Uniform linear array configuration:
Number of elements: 32
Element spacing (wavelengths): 1
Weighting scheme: cosine
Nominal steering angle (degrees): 45
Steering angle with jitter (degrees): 46.058
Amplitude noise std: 0.05
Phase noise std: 0.05

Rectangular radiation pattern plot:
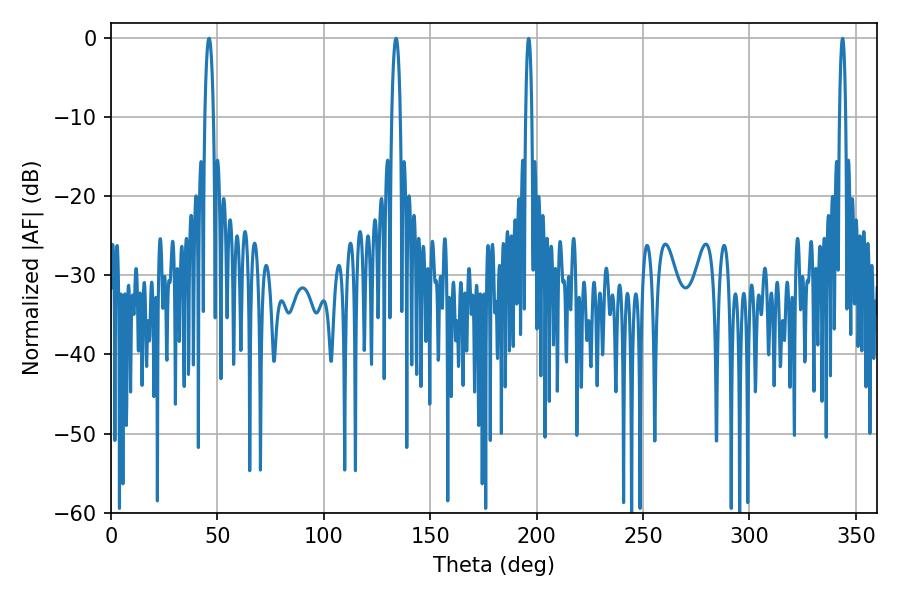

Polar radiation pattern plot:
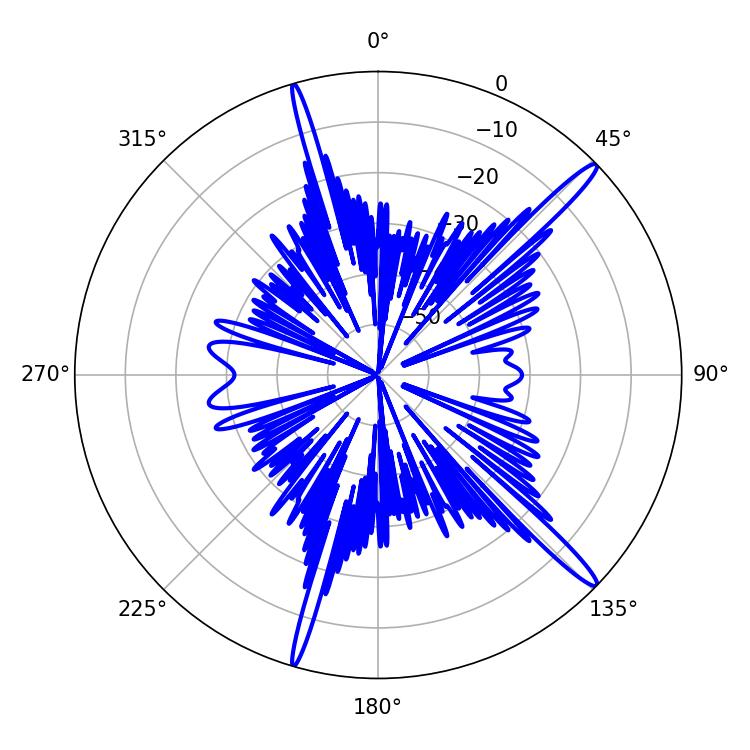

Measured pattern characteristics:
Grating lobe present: TRUE
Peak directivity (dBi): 16.362
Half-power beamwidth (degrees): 2.16
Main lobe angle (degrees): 133.92